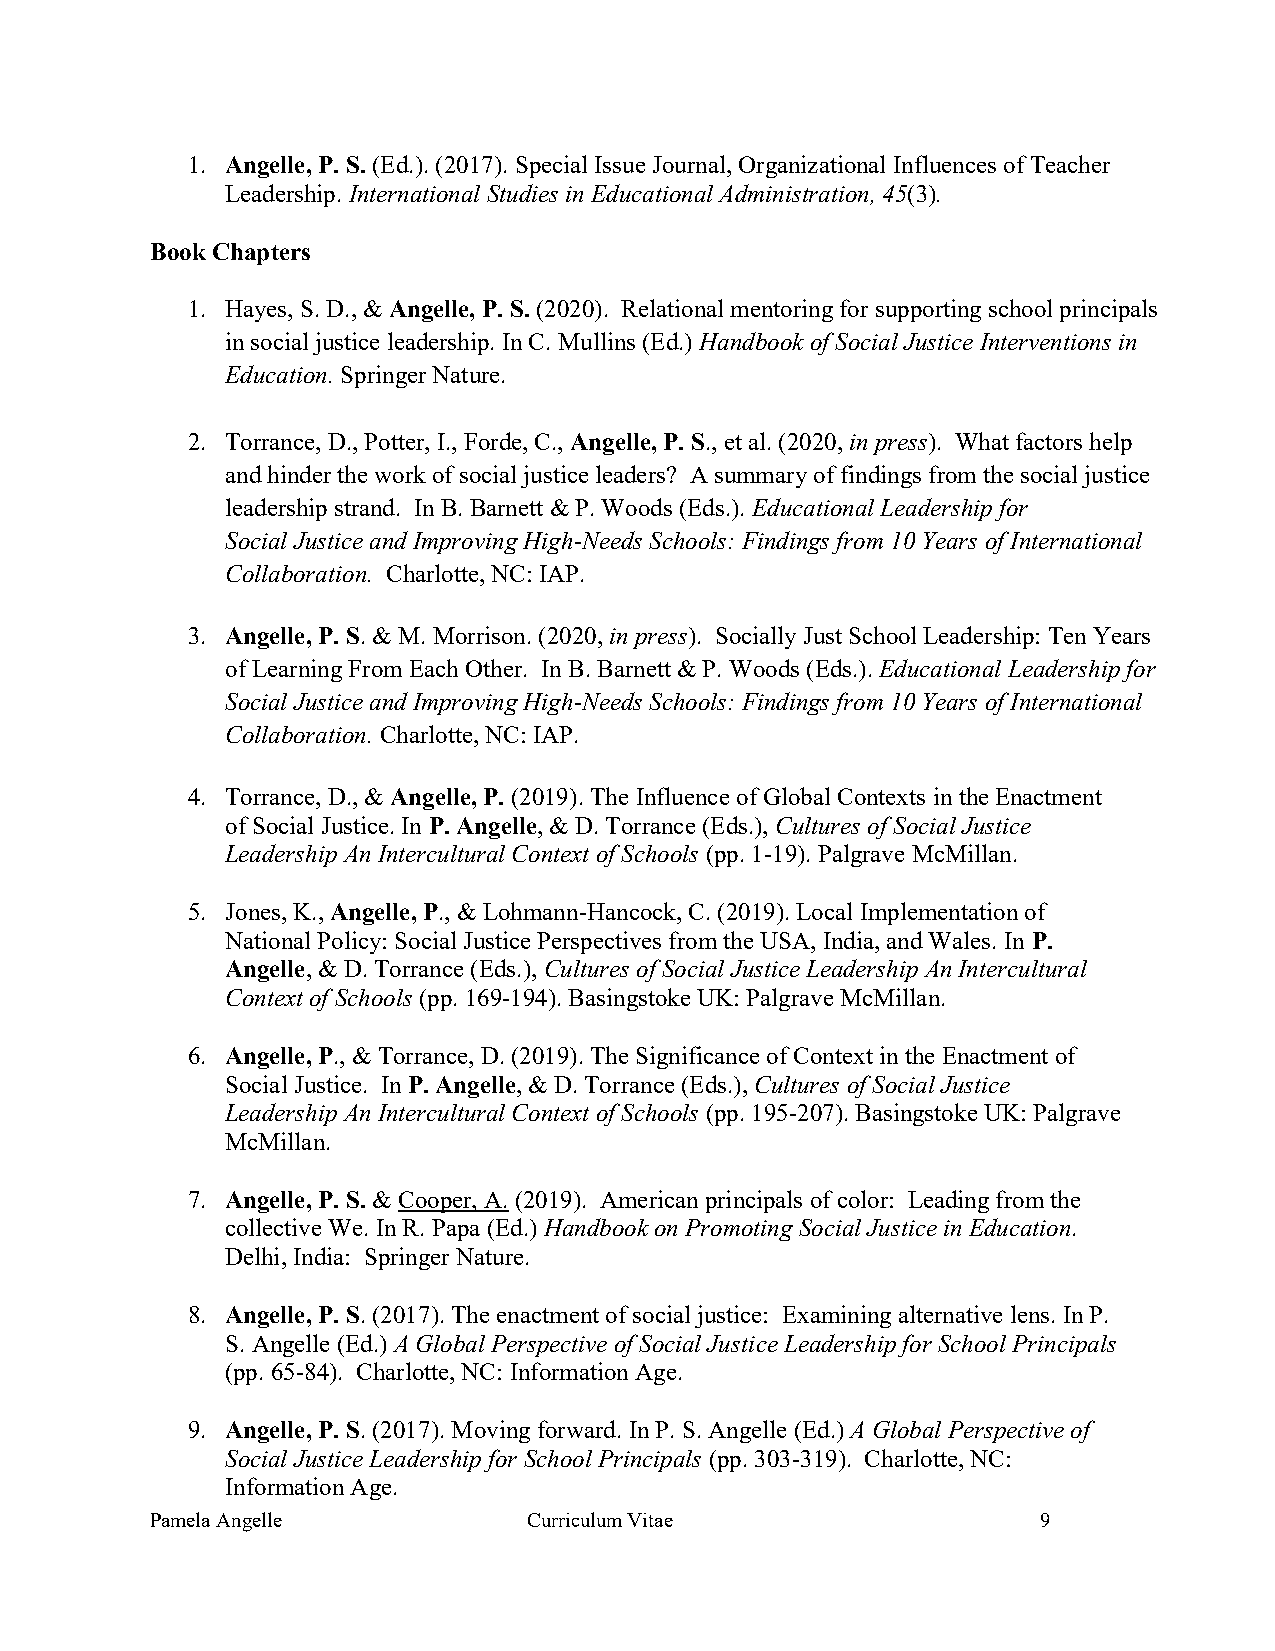
1. Angelle, P. S. (Ed.). (2017). Special Issue Journal, Organizational Influences of Teacher
 Leadership. International Studies in Educational Administration, 45(3).
 Book Chapters
 1. Hayes, S. D., & Angelle, P. S. (2020). Relational mentoring for supporting school principals
 in social justice leadership. In C. Mullins (Ed.) Handbook of Social Justice Interventions in
 Education. Springer Nature.
 2. Torrance, D., Potter, I., Forde, C., Angelle, P. S., et al. (2020, in press). What factors help
 and hinder the work of social justice leaders? A summary of findings from the social justice
 leadership strand. In B. Barnett & P. Woods (Eds.). Educational Leadership for
 Social Justice and Improving High-Needs Schools: Findings from 10 Years of International
 Collaboration. Charlotte, NC: IAP.
 3. Angelle, P. S. & M. Morrison. (2020, in press). Socially Just School Leadership: Ten Years
 of Learning From Each Other. In B. Barnett & P. Woods (Eds.). Educational Leadership for
 Social Justice and Improving High-Needs Schools: Findings from 10 Years of International
 Collaboration. Charlotte, NC: IAP.
 4. Torrance, D., & Angelle, P. (2019). The Influence of Global Contexts in the Enactment
 of Social Justice. In P. Angelle, & D. Torrance (Eds.), Cultures of Social Justice
 Leadership An Intercultural Context of Schools (pp. 1-19). Palgrave McMillan.
 5. Jones, K., Angelle, P., & Lohmann-Hancock, C. (2019). Local Implementation of
 National Policy: Social Justice Perspectives from the USA, India, and Wales. In P.
 Angelle, & D. Torrance (Eds.), Cultures of Social Justice Leadership An Intercultural
 Context of Schools (pp. 169-194). Basingstoke UK: Palgrave McMillan.
 6. Angelle, P., & Torrance, D. (2019). The Significance of Context in the Enactment of
 Social Justice. In P. Angelle, & D. Torrance (Eds.), Cultures of Social Justice
 Leadership An Intercultural Context of Schools (pp. 195-207). Basingstoke UK: Palgrave
 McMillan.
 7. Angelle, P. S. & Cooper, A. (2019). American principals of color: Leading from the
 collective We. In R. Papa (Ed.) Handbook on Promoting Social Justice in Education.
 Delhi, India: Springer Nature.
 8. Angelle, P. S. (2017). The enactment of social justice: Examining alternative lens. In P.
 S. Angelle (Ed.) A Global Perspective of Social Justice Leadership for School Principals
 (pp. 65-84). Charlotte, NC: Information Age.
 9. Angelle, P. S. (2017). Moving forward. In P. S. Angelle (Ed.) A Global Perspective of
 Social Justice Leadership for School Principals (pp. 303-319). Charlotte, NC:
 Information Age.
 Pamela Angelle           Curriculum Vitae                  9